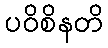
ပဝိစိနတိ